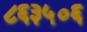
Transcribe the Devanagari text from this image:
८६३५०६